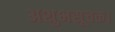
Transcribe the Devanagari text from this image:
अशुभसूचक।